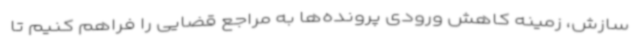
سازش، زمینه کاهش ورودی پرونده‌ها به مراجع قضایی را فراهم کنیم تا